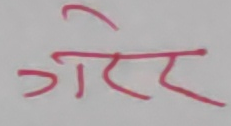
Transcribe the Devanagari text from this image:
गरेर